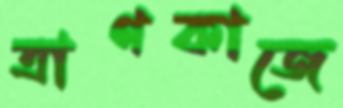
ত্রাণকাজে